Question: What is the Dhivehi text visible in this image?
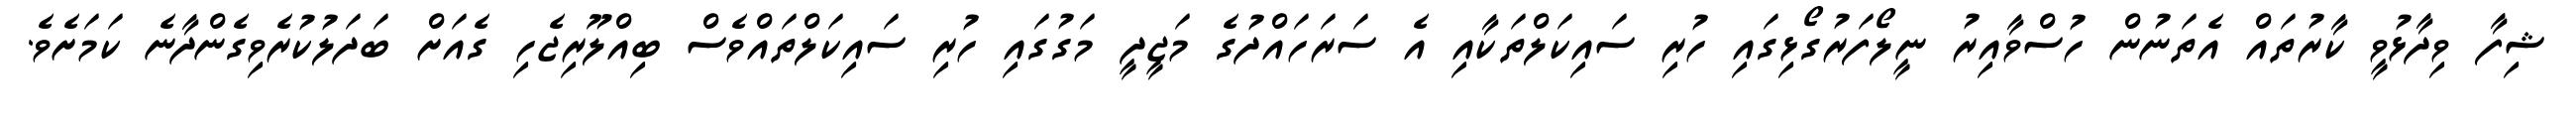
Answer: ޝިފާ ވިދާޅުވީ ކާރުތައް އެތަނުން ހުސްވާއިރު ނީލޯފަރުގޯޅިގައި ހުރި ސައިކަލްތަކާއި އެ ސަރަހައްދުގެ މަޖީދީ މަގުގައި ހުރި ސައިކަލްތައްވެސް ބިއްލޫރިޖެހި ގެއަށް ބަދަލުކުރެވިގެންދާނެ ކަމަށެވެ.